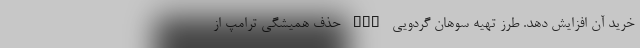
خرید آن افزایش دهد. طرز تهیه سوهان گردویی nan حذف همیشگی ترامپ از